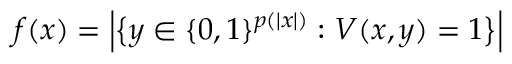
f ( x ) = { \Big | } { \big \{ } y \in \{ 0 , 1 \} ^ { p ( | x | ) } : V ( x , y ) = 1 { \big \} } { \Big | }